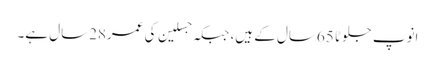
انوپ جلوٹا 65سال کے ہیں، جبکہ جسلین کی عمر28سال ہے۔